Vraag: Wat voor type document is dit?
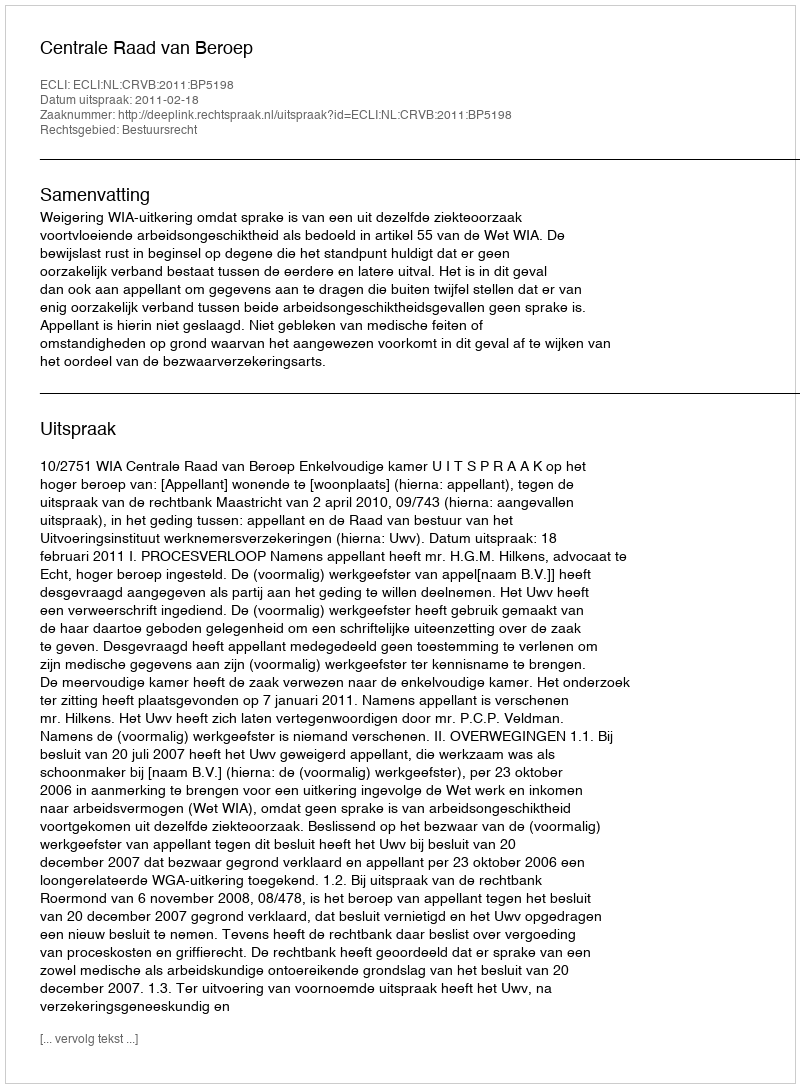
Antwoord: Uitspraak